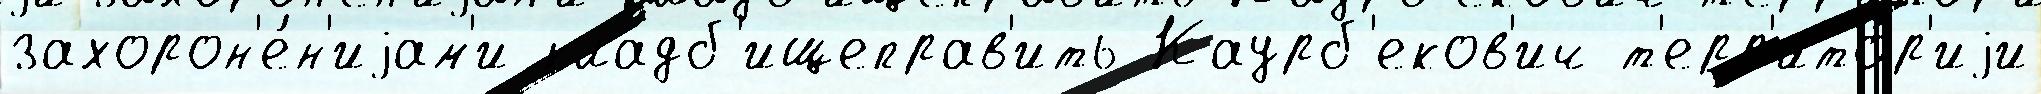
захорон'е́н'иjам'и кладб'ищеправ'ить Каурб'еков'ич т'ерр'ито́р'иjи